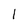
Character: 1